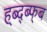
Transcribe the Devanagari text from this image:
ह्ब्द्ब्फ्ब